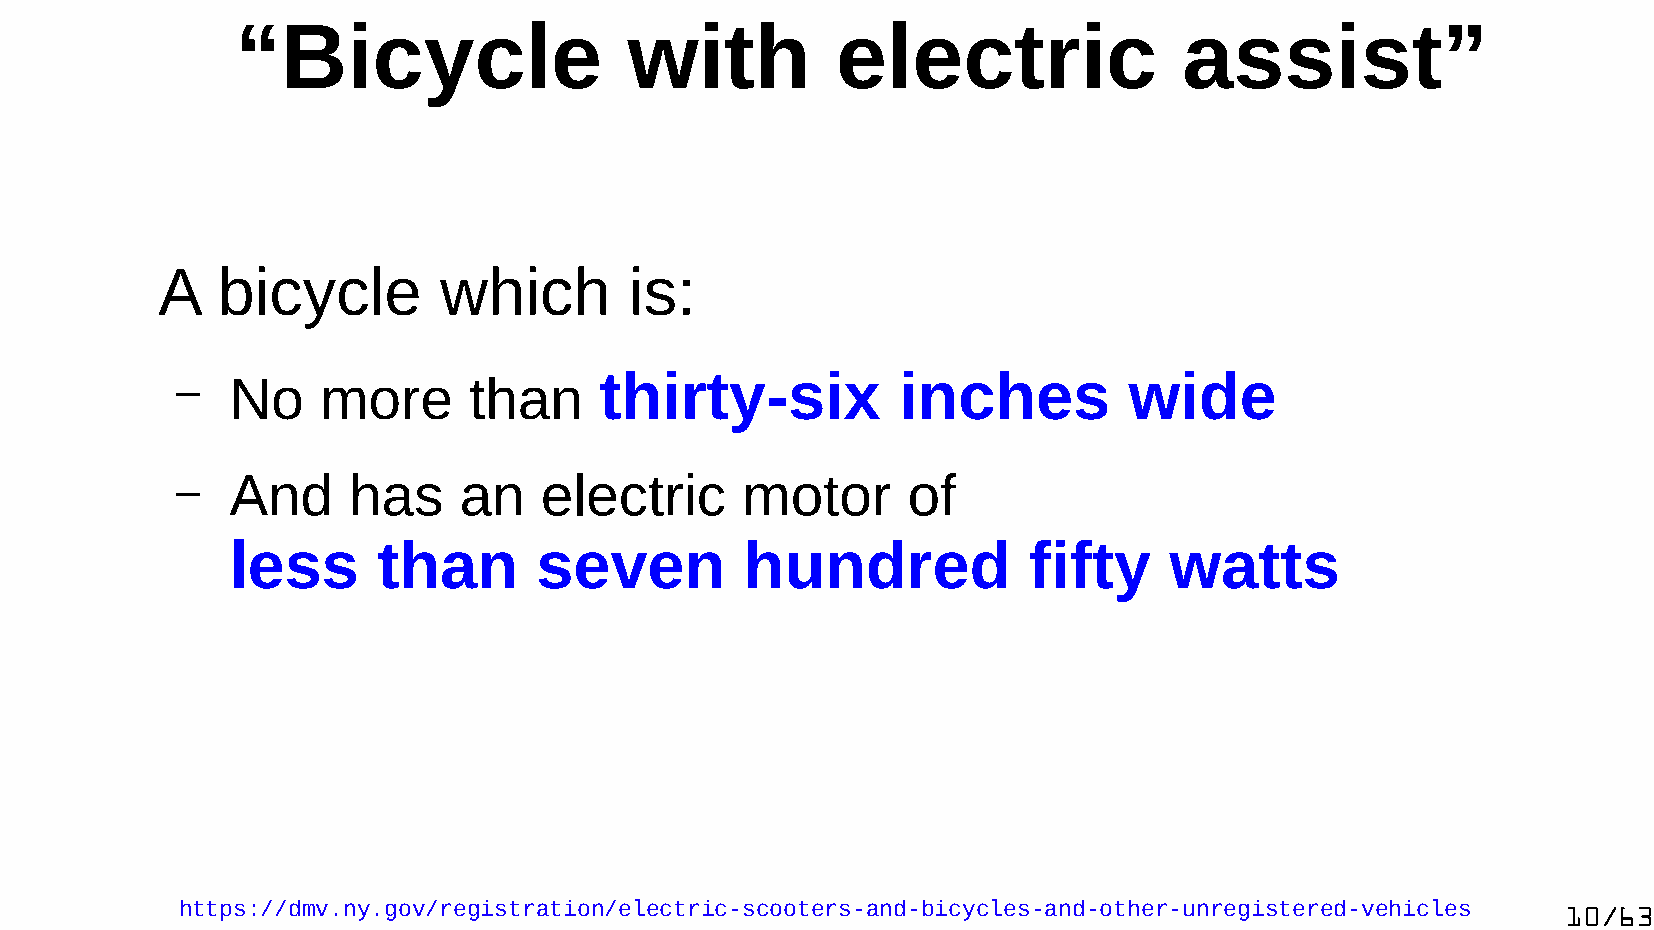
“Bicycle                  with         electric               assist”
 A   bicycle        which        is:
 –  No    more      than     thirty-six         inches          wide
 –  And     has    an    electric     motor      of
 less      than      seven         hundred            fifty    watts
 https://dmv.ny.gov/registration/electric-scooters-and-bicycles-and-other-unregistered-vehicles 10/63